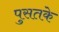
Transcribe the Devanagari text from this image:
पुसतके